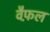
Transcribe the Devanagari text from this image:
वैफ़ल